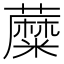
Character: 𧂾